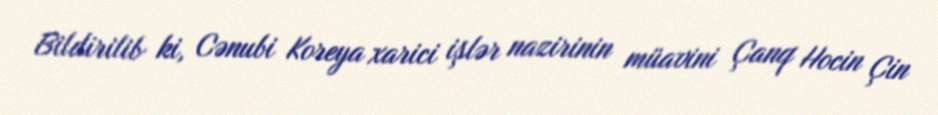
Bildirilib ki, Cənubi Koreya xarici işlər nazirinin müavini Çanq Hocin Çin